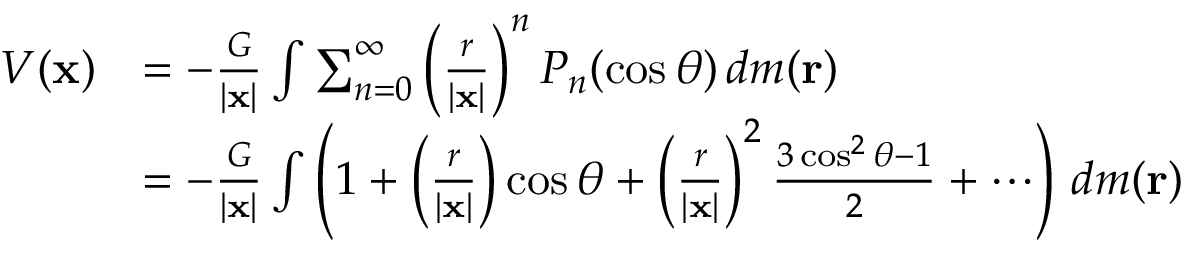
{ \begin{array} { r l } { V ( \mathbf { x } ) } & { = - { \frac { G } { | \mathbf { x } | } } \int \sum _ { n = 0 } ^ { \infty } \left( { \frac { r } { | \mathbf { x } | } } \right) ^ { n } P _ { n } ( \cos \theta ) \, d m ( \mathbf { r } ) } \\ & { = - { \frac { G } { | \mathbf { x } | } } \int \left( 1 + \left( { \frac { r } { | \mathbf { x } | } } \right) \cos \theta + \left( { \frac { r } { | \mathbf { x } | } } \right) ^ { 2 } { \frac { 3 \cos ^ { 2 } \theta - 1 } { 2 } } + \cdots \right) \, d m ( \mathbf { r } ) } \end{array} }